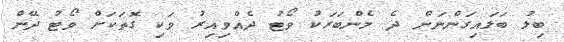
ބިލު ބަލައިގަންނަން ދެ މެންބަރަކު ވޯޓު ދެއްވިއިރު ވަކިި ގޮތަކަށް ވޯޓު ދޭން